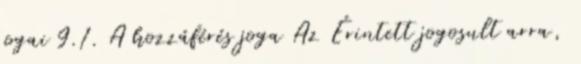
jogai 9.1. A hozzáférés joga Az Érintett jogosult arra,